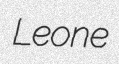
Leone